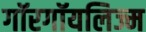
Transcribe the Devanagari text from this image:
गॉरगॉयलिज्म